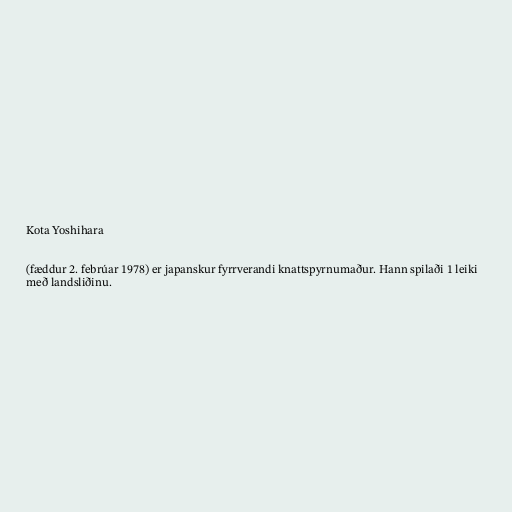
Kota Yoshihara

(fæddur 2. febrúar 1978) er japanskur fyrrverandi knattspyrnumaður. Hann spilaði 1 leiki
með landsliðinu.